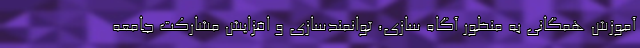
آموزش همگانی به منظور آگاه سازی، توانمندسازی و افزایش مشارکت جامعه